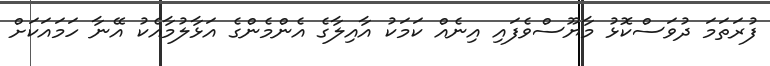
ފުރަތަމަ ދުވަސްކޮޅު މާޔޫސްވެފައި އިނެއް ކަމަކު އާއިލާގެ އެންމެންގެ އަޅާލުމާއެކު އޭނާ ހަމައަަކަށް